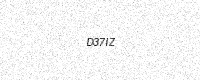
Text: D37IZ